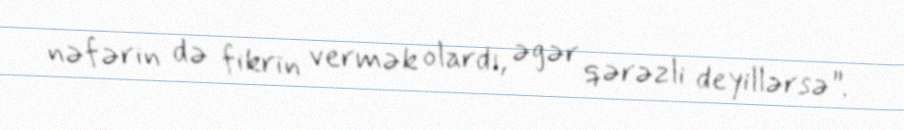
nəfərin də fikrin vermək olardı, əgər qərəzli deyillərsə”.